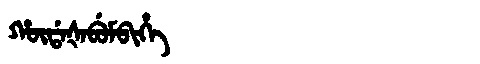
Manchu: ᡥᡡᡩᠠᡧᠠᠪᡠᠮᠪᡳᡥᡝ
Romanization: HŪDAŠABUMBIHE